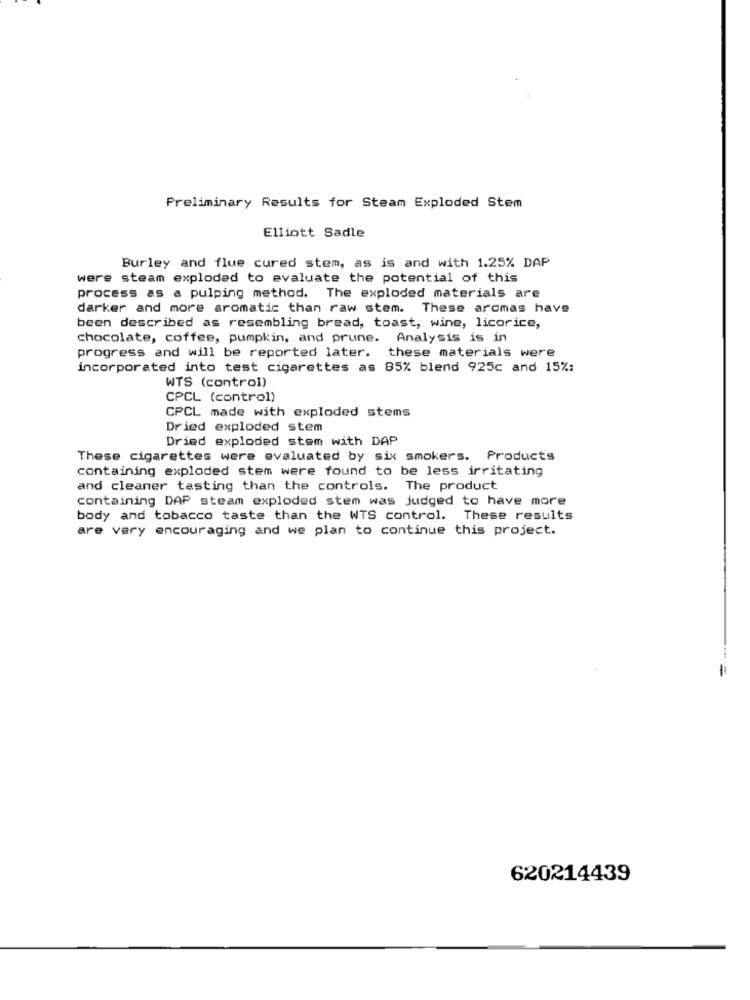
Preliminary Results for Steam Exploded Stem
Elliott Sadle
Burley and flue cured stem, as is and with 1.25% DAP
were steam exploded to evaluate the potential of this
process as a pulping method. The exploded materials are
darker and more aromatic than raw stem. These aromas have
been described as resembling bread, toast, wine, licorice,
chocolate, coffee, pumpkin, and prune. Analysis is in
progress and will be reported later.
these materials were
incorporated into test cigarettes as 85% blend 925c and 15%:
WTS (control)
CPCL (control)
CPCL made with exploded stems
Dried exploded stem
Dried exploded stem with DAP
These cigarettes were evaluated by six smokers. Products
containing exploded stem were found to be less irritating
and cleaner tasting than the controls. The product
containing DAP steam exploded stem was judged to have more
body and tobacco taste than the WTS control. These results
are very encouraging and we plan to continue this project.
620214439